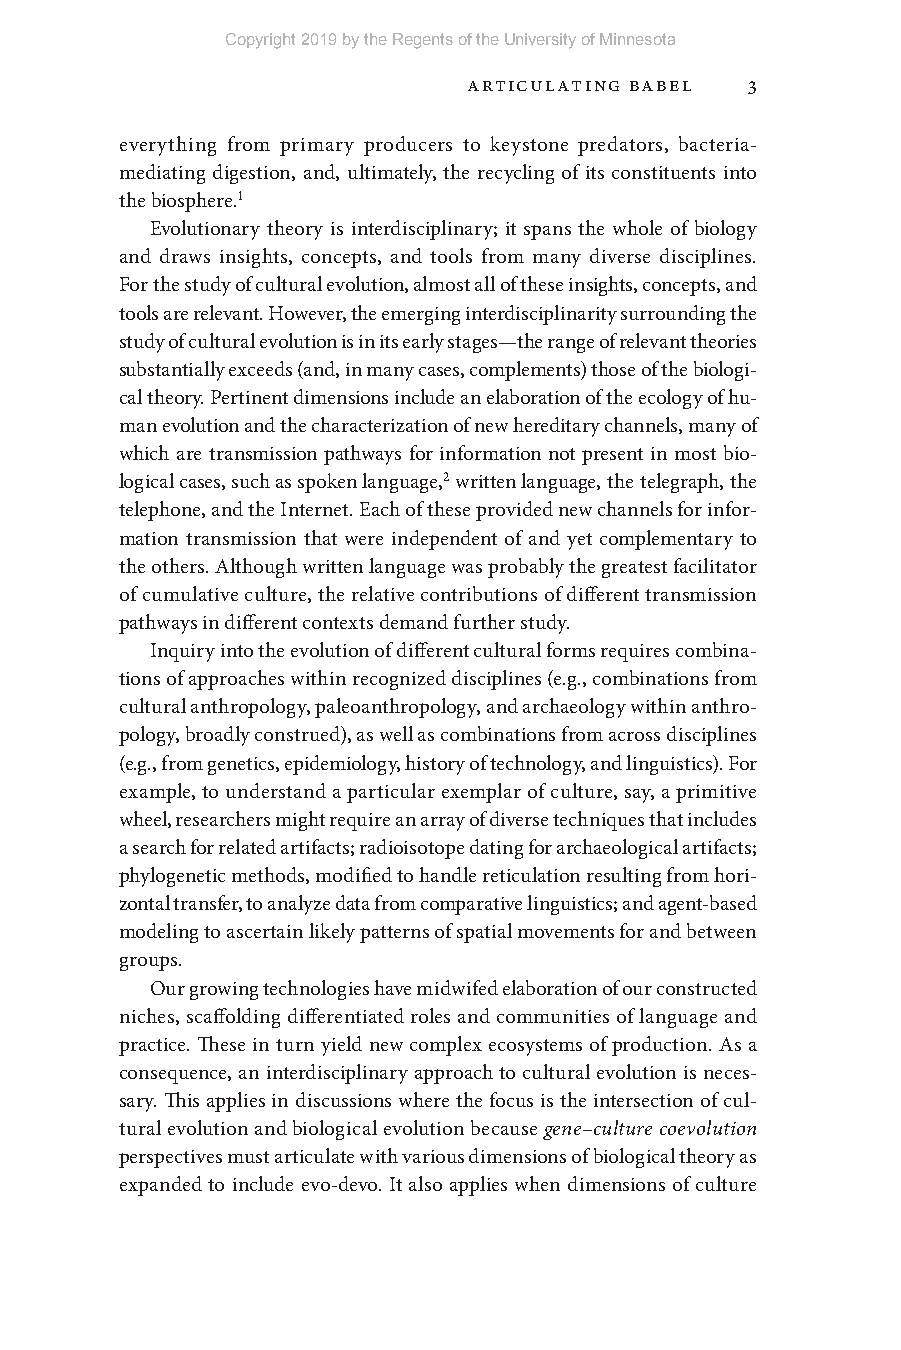
Copyright 2019 by the Regents of the University of Minnesota
 Articulating Babel 3
 everything from primary producers to keystone predators, bacteria-
 mediating digestion, and, ultimately, the recycling of its constituents into
 the biosphere.1
 Evolutionary theory is interdisciplinary; it spans the whole of biology
 and draws insights, concepts, and tools from many diverse disciplines.
 For the study of cultural evolution, almost all of these insights, concepts, and
 tools are relevant. However, the emerging interdisciplinarity surrounding the
 study of cultural evolution is in its early stages— the range of relevant theories
 substantially exceeds (and, in many cases, complements) those of the biologi-
 cal theory. Pertinent dimensions include an elaboration of the ecology of hu-
 man evolution and the characterization of new hereditary channels, many of
 which are transmission pathways for information not present in most bio-
 logical cases, such as spoken language,2 written language, the telegraph, the
 telephone, and the Internet. Each of these provided new channels for infor-
 mation transmission that were independent of and yet complementary to
 the others. Although written language was probably the greatest facilitator
 of cumulative culture, the relative contributions of different transmission
 pathways in different contexts demand further study.
 Inquiry into the evolution of different cultural forms requires combina-
 tions of approaches within recognized disciplines (e.g., combinations from
 cultural anthropology, paleoanthropology, and archaeology within anthro-
 pology, broadly construed), as well as combinations from across disciplines
 (e.g., from genetics, epidemiology, history of technology, and linguistics). For
 example, to understand a particular exemplar of culture, say, a primitive
 wheel, researchers might require an array of diverse techniques that includes
 a search for related artifacts; radioisotope dating for archaeological artifacts;
 phylogenetic methods, modified to handle reticulation resulting from hori-
 zontal transfer, to analyze data from comparative linguistics; and agent- based
 modeling to ascertain likely patterns of spatial movements for and between
 groups.
 Our growing technologies have midwifed elaboration of our constructed
 niches, scaffolding differentiated roles and communities of language and
 practice. These in turn yield new complex ecosystems of production. As a
 consequence, an interdisciplinary approach to cultural evolution is neces-
 sary. This applies in discussions where the focus is the intersection of cul-
 tural evolution and biological evolution because gene– culture coevolution
 perspectives must articulate with various dimensions of biological theory as
 expanded to include evo- devo. It also applies when dimensions of culture